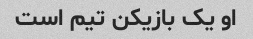
او یک بازیکن تیم است